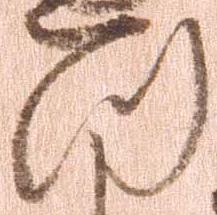
つ